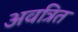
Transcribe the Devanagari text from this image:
अवत्रित